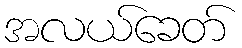
အလယ်ခေတ်